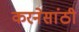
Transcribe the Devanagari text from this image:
करनेसांठी